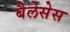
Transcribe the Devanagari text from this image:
बैलेसेस